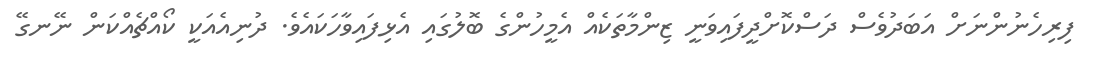
ފިރިހެނުންނަށް އަބަދުވެސް ދަސްކޮށްދީފައިވަނީ ޒިންމާތަކެއް އެމީހުންގެ ބޮލުގައި އެޅިފައިވާހަކައެވެ. ދުނިއެއަކީ ކޯއްޗެއްކަން ނޭނގޭ